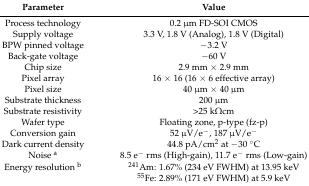
<table><thead><tr><td><b>Parameter</b></td><td><b>Value</b></td></tr></thead><tbody><tr><td>Process technology</td><td>0.2 μm FD-SOI CMOS</td></tr><tr><td>Supply voltage</td><td>3.3 V, 1.8 V (Analog), 1.8 V (Digital)</td></tr><tr><td>BPW pinned voltage</td><td>−3.2 V</td></tr><tr><td>Back-gate voltage</td><td>−60 V</td></tr><tr><td>Chip size</td><td>2.9 mm × 2.9 mm</td></tr><tr><td>Pixel array</td><td>16 × 16 (16 × 6 effective array)</td></tr><tr><td>Pixel size</td><td>40 μm × 40 μm</td></tr><tr><td>Substrate thickness</td><td>200 μm</td></tr><tr><td>Substrate resistivity</td><td>&gt;25 kΩcm</td></tr><tr><td>Wafer type</td><td>Floating zone, p-type (fz-p)</td></tr><tr><td>Conversion gain</td><td>52 μV/e<sup>−</sup>, 187 μV/e<sup>−</sup></td></tr><tr><td>Dark current density</td><td>44.8 pA/cm<sup>2</sup> at −30 °C</td></tr><tr><td>Noise <sup>a</sup></td><td>8.5 e<sup>−</sup> rms (High-gain), 11.7 e<sup>−</sup> rms (Low-gain)</td></tr><tr><td>Energy resolution <sup>b</sup></td><td><sup>241</sup>Am: 1.67% (234 eV FWHM) at 13.95 keV</td></tr><tr><td></td><td><sup>55</sup>Fe: 2.89% (171 eV FWHM) at 5.9 keV</td></tr></tbody></table>